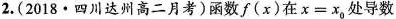
2. (2018 · 四川达州高二月考) 函数 f ( x ) 在$$x = x _ { 0 }$$处导数